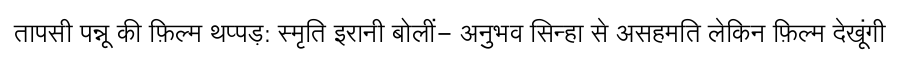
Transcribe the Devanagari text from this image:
तापसी पन्नू की फ़िल्म थप्पड़: स्मृति इरानी बोलीं- अनुभव सिन्हा से असहमति लेकिन फ़िल्म देखूंगी